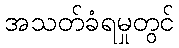
အသတ်ခံရမှုတွင်